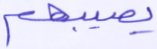
يصيبهم